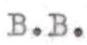
B.B.